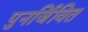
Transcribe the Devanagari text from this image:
पुनर्जिवित